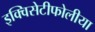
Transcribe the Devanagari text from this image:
इक्विसेटीफोलीया